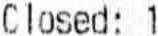
CLOSED: 1